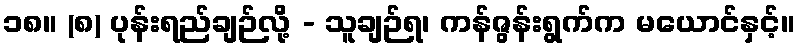
၁၈။ (၈) ပုန်းရည်ချဉ်လို့ - သူချဉ်ရ၊ ကန်ဇွန်းရွက်က မယောင်နှင့်။